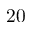
2 0